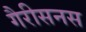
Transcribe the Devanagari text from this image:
गैरीसनस